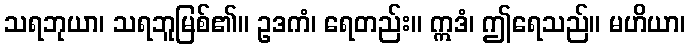
သရဘုယာ၊ သရဘူမြစ်၏။ ဥဒကံ၊ ရေတည်း။ ဣဒံ၊ ဤရေသည်။ မဟိယာ၊